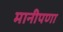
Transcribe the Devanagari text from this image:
मानीपणा